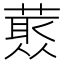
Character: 𱾜